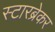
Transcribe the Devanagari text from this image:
स्टारब्रेकर